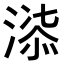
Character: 𭱲